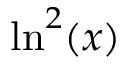
\ln ^ { 2 } ( x )